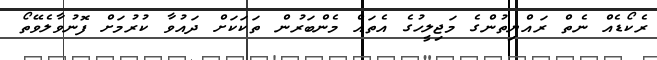
ރެކޯޑެއް ނެތް ރައްޔިތުންގެ މަޖިލީހުގެ އެތައް މެންބަރުން ތަކަކަށް ދައުވާ ކުރުމަށް ފޮނުވާލެވޭތޯ